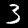
Label: 3